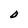
Character: O